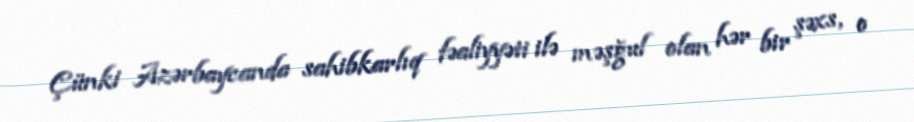
Çünki Azərbaycanda sahibkarlıq fəaliyyəti ilə məşğul olan hər bir şəxs, o